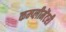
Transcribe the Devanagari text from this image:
कम्प्लीमेंटरी